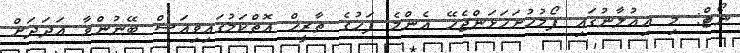
ނޯޓް: މި އިޢުލާނުގައި ފޯމުހުށަހަޅަންޖެހޭ އެންމެ ފަހުގެ ތާރީޚް އޮތްކަމުގައިވިއަސް ބޭނުންވާ އަދަދަށް